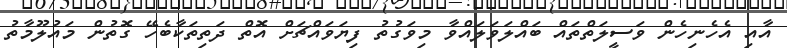
އާއި އެހެނިހެން ވަސީލަތްތައް ބައްލަވަލައްވާ މިވަގުތު ފިޔަވައްޗަށް އޮތް ދަތިތަކާބެހޭ ގޮތުން މައުލޫމާތު